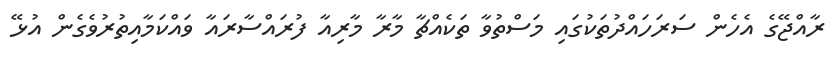
ރާއްޖޭގެ އެހެން ސަރަހައްދުތަކުގައި މަސްތުވާ ތަކެއްޗާ މާރާ މާރިއާ ފުރައްސާރައާ ވައްކަމާއިތުރުވެގެން އުޅޭ